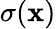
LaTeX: \sigma({\boldsymbol{\mathbf{x}}})